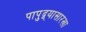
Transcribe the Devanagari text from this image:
पापुद्र्यासारखा